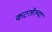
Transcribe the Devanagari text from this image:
कटलेल्या